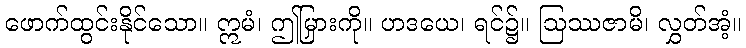
ဖောက်ထွင်းနိုင်သော။ ဣမံ၊ ဤမြှားကို။ ဟဒယေ၊ ရင်၌။ ဩဿဇာမိ၊ လွှတ်အံ့။